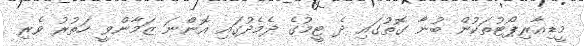
މީޑިއާރިޕޯޓުތަކުން ބުނާ ގޮތުގައި ދެ ޓީމުގެ ދެމެދުގައި އޮންނަ ޒަމާންވީ ހަތުރު ވެރި